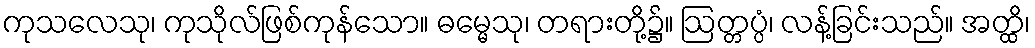
ကုသလေသု၊ ကုသိုလ်ဖြစ်ကုန်သော။ ဓမ္မေသု၊ တရားတို့၌။ ဩတ္တပ္ပံ၊ လန့်ခြင်းသည်။ အတ္ထိ၊